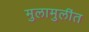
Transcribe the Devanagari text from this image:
मुलामुलींत